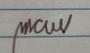
Signature authenticity: genuine